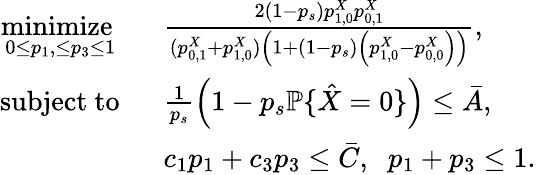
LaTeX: \begin{array}{rl}{\underset{0\leq p_{1},\leq p_{3}\leq 1}{\mathrm{minimize~}}}&{\; \; \frac{2(1-p_{s})p_{1,0}^{X}p_{0,1}^{X}}{(p_{0,1}^{X}+p_{1,0}^{X})\left(1+(1-p_{s})\left(p_{1,0}^{X}-p_{0,0}^{X}\right)\right)},}\\ {\mathrm{subject~to}}&{\; \; \frac{1}{p_{s}}\left(1-p_{s}\mathbb{P}\{ \hat{X}=0\} \right)\leq\bar{A},}\\ &{\; \; c_{1}p_{1}+c_{3}p_{3}\leq\bar{C},\; \; p_{1}+p_{3}\leq 1.}\end{array}